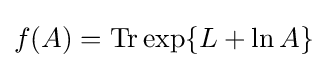
f(A)=\operatorname {Tr} \exp\{L+\ln A\}